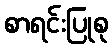
စာရင်းပြုစု